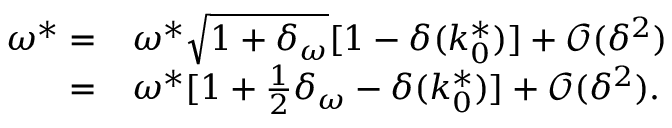
\begin{array} { r l } { \omega ^ { * } = } & { { } \omega ^ { * } \sqrt { 1 + \delta _ { \omega } } [ 1 - \delta ( k _ { 0 } ^ { * } ) ] + \mathcal { O } ( \delta ^ { 2 } ) } \\ { = } & { { } \omega ^ { * } [ 1 + { \textstyle \frac 1 2 } \delta _ { \omega } - \delta ( k _ { 0 } ^ { * } ) ] + \mathcal { O } ( \delta ^ { 2 } ) . } \end{array}